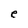
Character: e